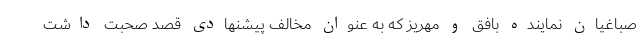
صباغیان نماینده بافق و مهریز که به عنوان مخالف پیشنهادی قصد صحبت داشت